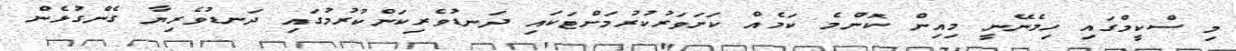
މި ސްކީމްގައި ހިމެނޭނީ މިއިން ކޮންމެ ކަމެއް ކަށަވަރުކުރުމަށްޓަކައި ދަނޑުވެރިކަންކުރުމުގައި ދަނޑުވެރިޔާ ގެންގުޅެން